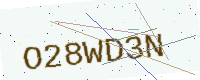
Text: O28WD3N